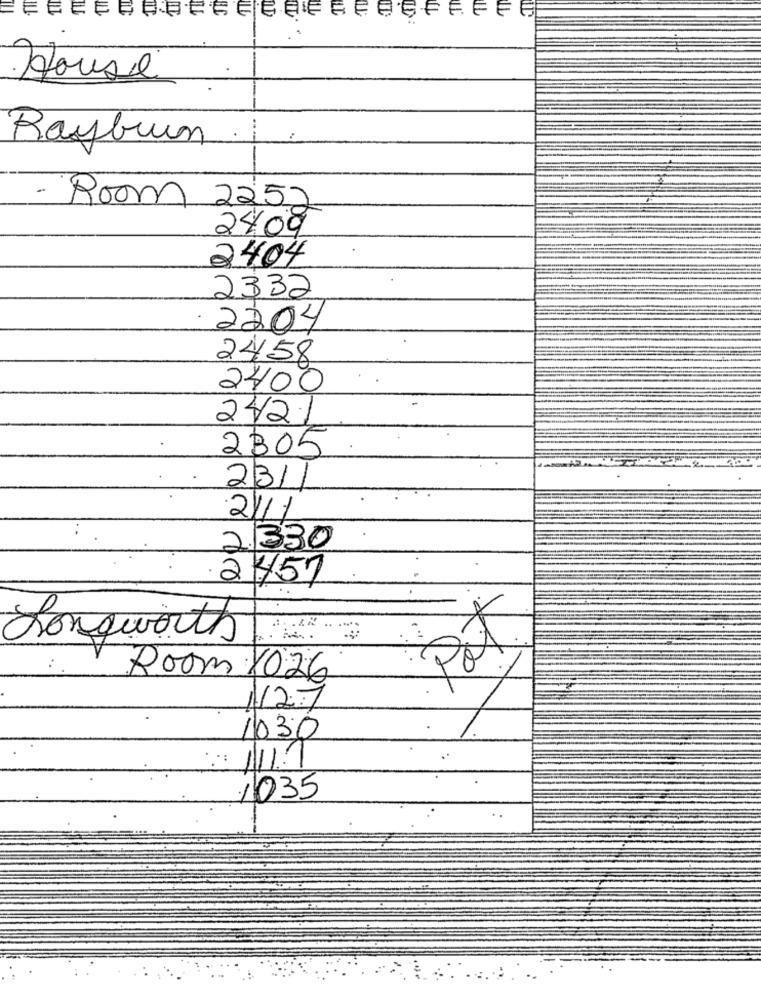
House
Rayburn
Room 2252
2409
2404
2332
2204
2458
2400
2/2/
2305
23//
21/1
2.330
2457
Longworth
pot
Room 1026
1/2.7
1030
.:
1 .
1035